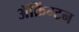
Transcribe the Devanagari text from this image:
ॲक्रिंग्टन